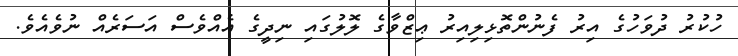
ހުކުރު ދުވަހުގެ އިރު ފެނުންތޮޅިލިއިރު ޢިޒްވާގެ ލޮލުގައި ނިދީގެ އެއްވެސް އަސަރެއް ނުވެއެވެ.